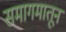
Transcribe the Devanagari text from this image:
समागमातून